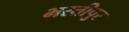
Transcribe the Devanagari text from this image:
भरतीपुर